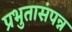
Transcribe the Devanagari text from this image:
प्रभुतासंपन्न